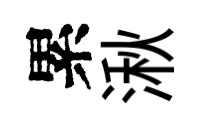
累湫